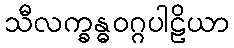
သီလက္ခန္ဓဝဂ္ဂပါဠိယာ